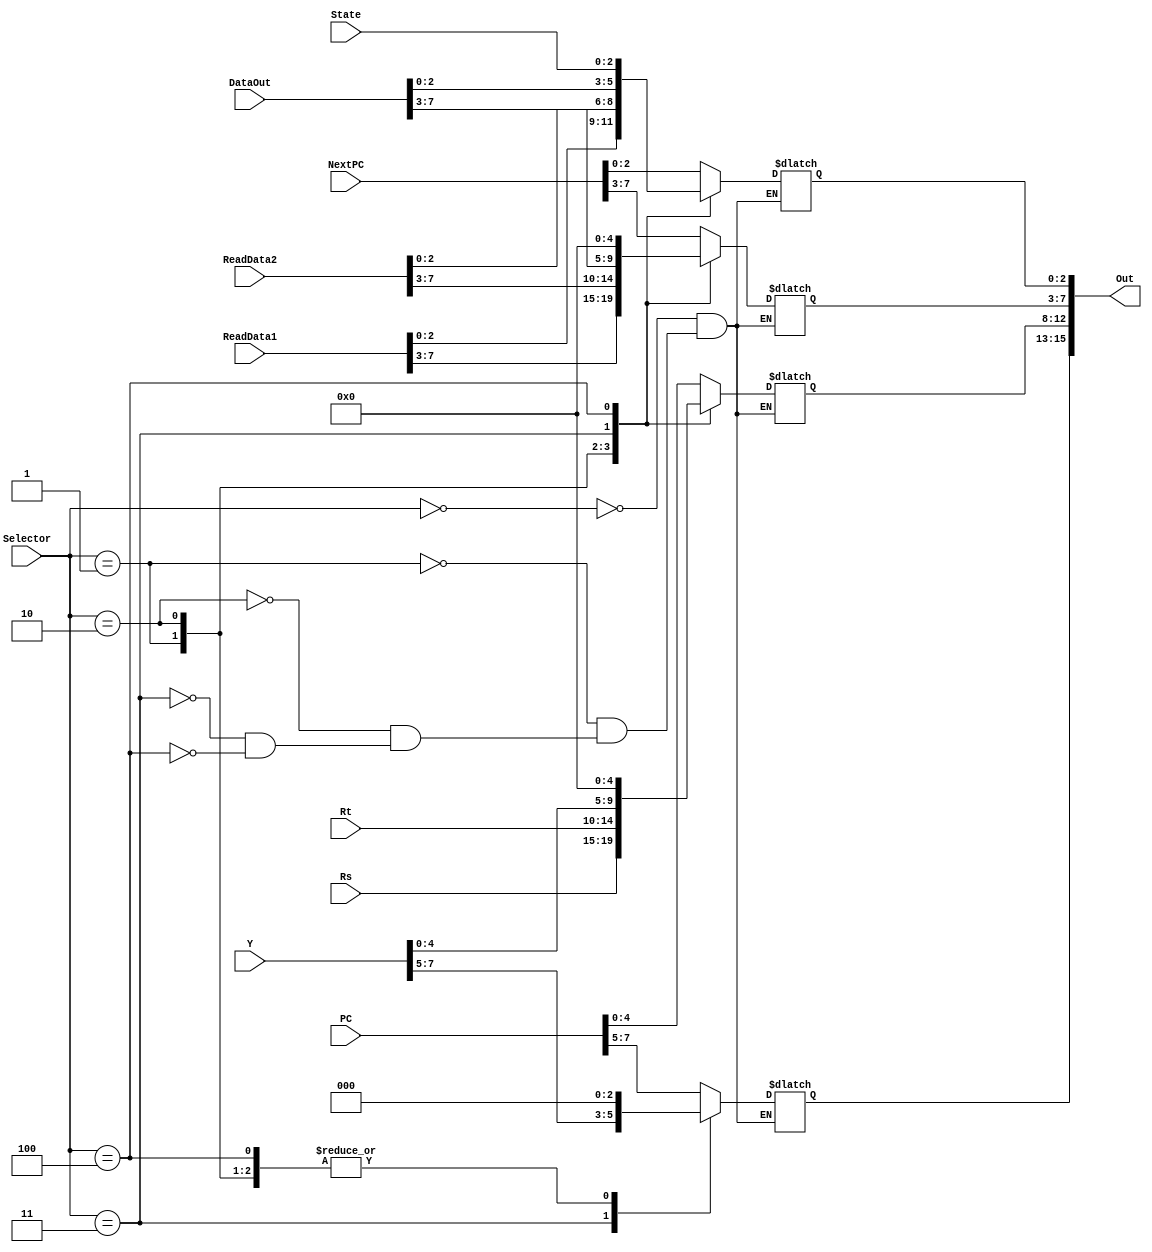
`timescale 1ns / 1ps
//////////////////////////////////////////////////////////////////////////////////
// Company: 
// Engineer: 
// 
// Design Name: 
// Module Name: DispData
// Project Name: 
// Target Devices: 
// Tool Versions: 
// Description: 
// 
// Dependencies: 
// 
// Revision:
// Revision 0.01 - File Created
// Additional Comments:
// 
//////////////////////////////////////////////////////////////////////////////////


module DispData(
    input [2:0] Selector,
    input [2:0] State,
    input [7:0] PC,
    input [7:0] NextPC,
    input [4:0] Rs,
    input [4:0] Rt,
    input [7:0] ReadData1,
    input [7:0] ReadData2,
    input [7:0] Y,
    input [7:0] DataOut,
    output [15:0] Out
    );

    reg [15:0] out;
    initial begin
        out <= 0;
    end

    always @(*) begin
        case (Selector)
            3'b000: begin
                out[15:8] = PC;
                out[7:0] = NextPC;
            end
            3'b001: begin
                out[15:12] = 0;
                out[12:8] = Rs;
                out[7:0] = ReadData1;
            end
            3'b010: begin
                out[15:12] = 0;
                out[12:8] = Rt;
                out[7:0] = ReadData2;
            end
            3'b011: begin
                out[15:8] = Y;
                out[7:0] = DataOut;
            end
            3'b100: begin
                out[15:3] = 0;
                out[2:0] = State;
            end
        endcase
    end
    assign Out = out;
endmodule